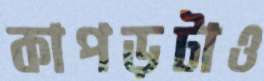
কাপড়টাও